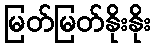
မြတ်မြတ်နိုးနိုး